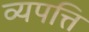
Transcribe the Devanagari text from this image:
व्यपत्ति